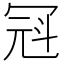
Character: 𪞒